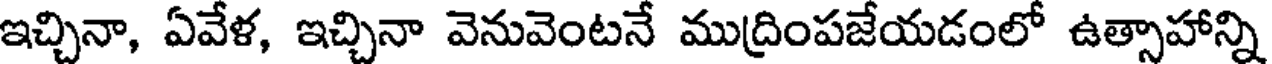
ఇచ్చినా, ఏవేళ, ఇచ్చినా వెనువెంటనే ముద్రింపజేయడంలో ఉత్సాహాన్ని